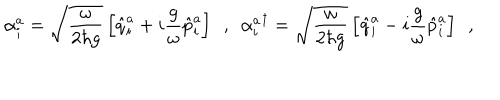
\alpha _ { i } ^ { a } = \sqrt { \frac { \omega } { 2 \hbar g } } \left[ \hat { q } _ { i } ^ { a } + i \frac { g } { \omega } \hat { p } _ { i } ^ { a } \right] \ \ , \ \ { \alpha _ { i } ^ { a } } ^ { \dagger } = \sqrt { \frac { \omega } { 2 \hbar g } } \left[ \hat { q } _ { i } ^ { a } - i \frac { g } { \omega } \hat { p } _ { i } ^ { a } \right] \ \ ,